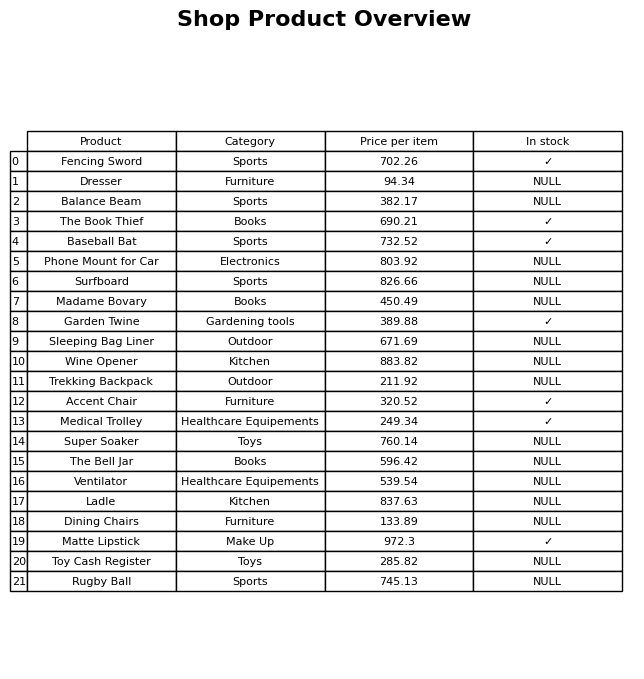
question: What is the price of the Sleeping Bag Liner?
answer: The price of Sleeping Bag Liner is 671.69.